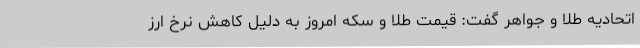
اتحادیه طلا و جواهر گفت: قیمت طلا و سکه امروز به دلیل کاهش نرخ ارز